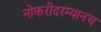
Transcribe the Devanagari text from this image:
नोकरीदरम्यानच